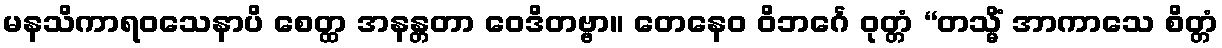
မနသိကာရဝသေနာပိ စေတ္ထ အနန္တတာ ဝေဒိတဗ္ဗာ။ တေနေဝ ဝိဘင်္ဂေ ဝုတ္တံ “တသ္မိံ အာကာသေ စိတ္တံ